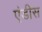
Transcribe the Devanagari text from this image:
एंडीस